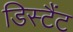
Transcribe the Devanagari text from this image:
डिस्टैंट